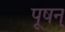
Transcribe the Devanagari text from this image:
पूषन्